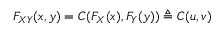
F _ { X Y } ( x , y ) = C ( F _ { X } ( x ) , F _ { Y } ( y ) ) \triangleq C ( u , v )